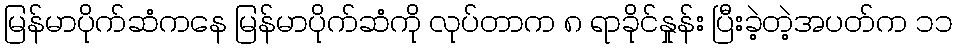
မြန်မာပိုက်ဆံကနေ မြန်မာပိုက်ဆံကို လုပ်တာက ၈ ရာခိုင်နှုန်း ပြီးခဲ့တဲ့အပတ်က ၁၁